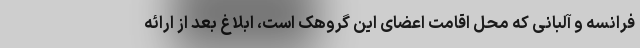
فرانسه و آلبانی که محل اقامت اعضای این گروهک است، ابلاغ بعد از ارائه